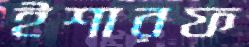
ইশারফ